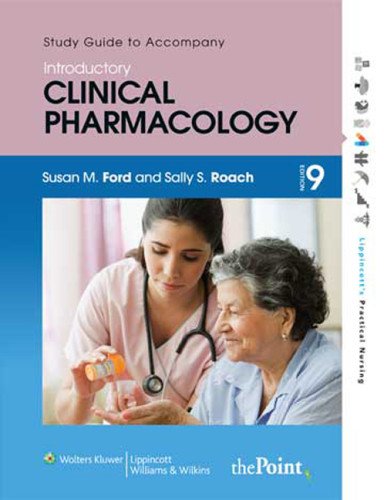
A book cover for Study Guide to Accompany Roach's Introductory Clinical Pharmacology (Lippincott's Practical Nursing); Susan M. Ford MN  RN  CNE; Medical Books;